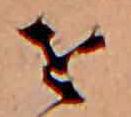
せ